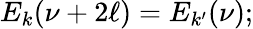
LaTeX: E_{k}(\nu+2\ell)=E_{k^{\prime}}(\nu);